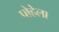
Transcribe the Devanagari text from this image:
पोहेला